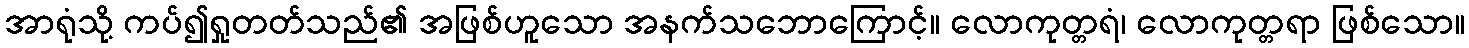
အာရုံသို့ ကပ်၍ရှုတတ်သည်၏ အဖြစ်ဟူသော အနက်သဘောကြောင့်။ လောကုတ္တရံ၊ လောကုတ္တရာ ဖြစ်သော။